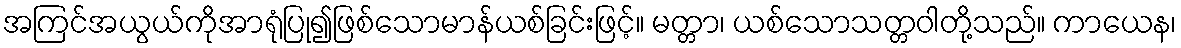
အကြင်အယွယ်ကိုအာရုံပြု၍ဖြစ်သောမာန်ယစ်ခြင်းဖြင့်။ မတ္တာ၊ ယစ်သောသတ္တဝါတို့သည်။ ကာယေန၊